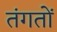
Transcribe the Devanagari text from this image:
तंगतों